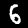
Digit: 6